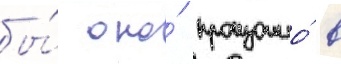
бы́ оно́ произошло́ в